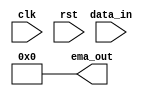
module EMA_accumulator(
    input wire clk,
    input wire rst,
    input wire [15:0] data_in,
    output reg [15:0] ema_out
);

parameter alpha = 8'b0000_1000; // Weighting factor
parameter scale = 8'b0001_0000; // Scaling factor

reg [15:0] sum;

always @(posedge clk or posedge rst) begin
    if (rst) begin
        sum <= 16'd0;
    end else begin
        sum <= (alpha * data_in) + (16'hFFFF - alpha) * sum;
    end
end

assign ema_out = sum >> scale; // Output the scaled sum

endmodule